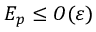
{ \cal { E } } _ { p } \le { \cal { O } } ( \varepsilon )